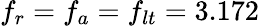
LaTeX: f_{r}=f_{a}=f_{lt}=3.172